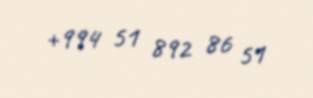
+994 51 892 86 51